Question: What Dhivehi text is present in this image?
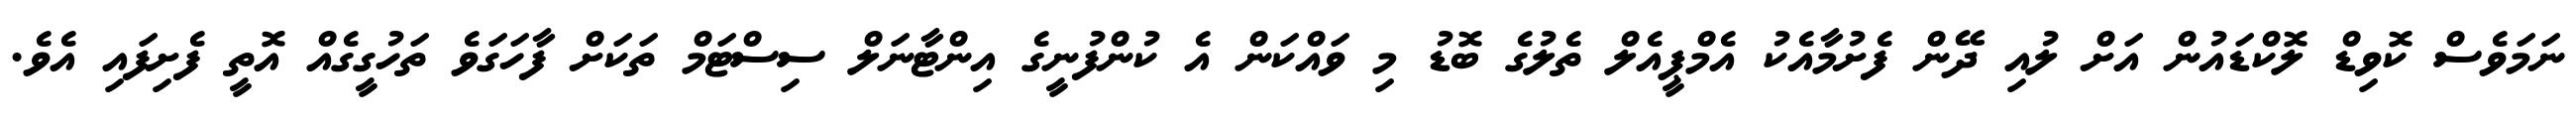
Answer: ނަމަވެސް ކޮވިޑް ލޮކްޑައުން އަށް ލުއި ދޭން ފެށުމާއެކު އެމްޕީއެލް ތެލުގެ ބޮޑު މި ވައްކަން އެ ކުންފުނީގެ އިންޓާނަލް ސިސްޓަމް ތަކަށް ފާހަގަވެ ތަހުގީގެއް އޮތީ ފެށިފައި އެވެ.